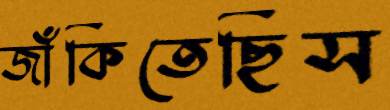
জাঁকিতেছিস